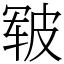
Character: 皲